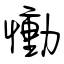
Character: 慟